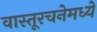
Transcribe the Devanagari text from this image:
वास्तूरचनेमध्ये